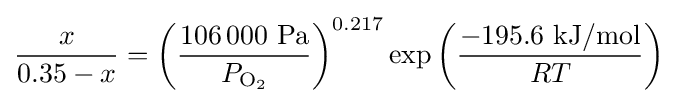
{\frac {x}{0.35-x}}=\left({\frac {106\,000{\text{ Pa}}}{P_{\mathrm {O} _{2}}}}\right)^{0.217}\exp \left({\frac {-195.6{\text{ kJ/mol}}}{RT}}\right)